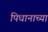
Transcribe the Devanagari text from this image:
पिधानाच्या